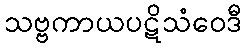
သဗ္ဗကာယပဋိသံဝေဒီ